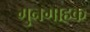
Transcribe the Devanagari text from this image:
गुनगाहक